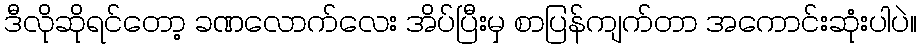
ဒီလိုဆိုရင်တော့ ခဏလောက်လေး အိပ်ပြီးမှ စာပြန်ကျက်တာ အကောင်းဆုံးပါပဲ။